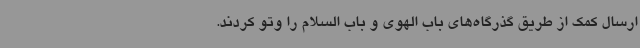
ارسال کمک از طریق گذرگاه‌های باب الهوی و باب السلام را وتو کردند.